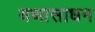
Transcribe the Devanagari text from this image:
यथासाधन